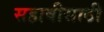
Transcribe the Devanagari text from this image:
सहावीसाठी